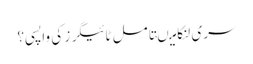
سری لنکا میںتامل ٹائیگرز کی واپسی؟